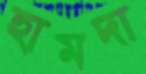
হামদা